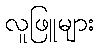
လူဖြူများ